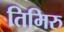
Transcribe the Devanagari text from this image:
तिमिरु